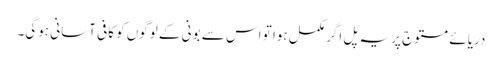
دریائے مستوج پر یہ پُل اگر مکمل ہوا تو اس سے بونی کے لوگوں کو کافی آسانی ہوگی۔